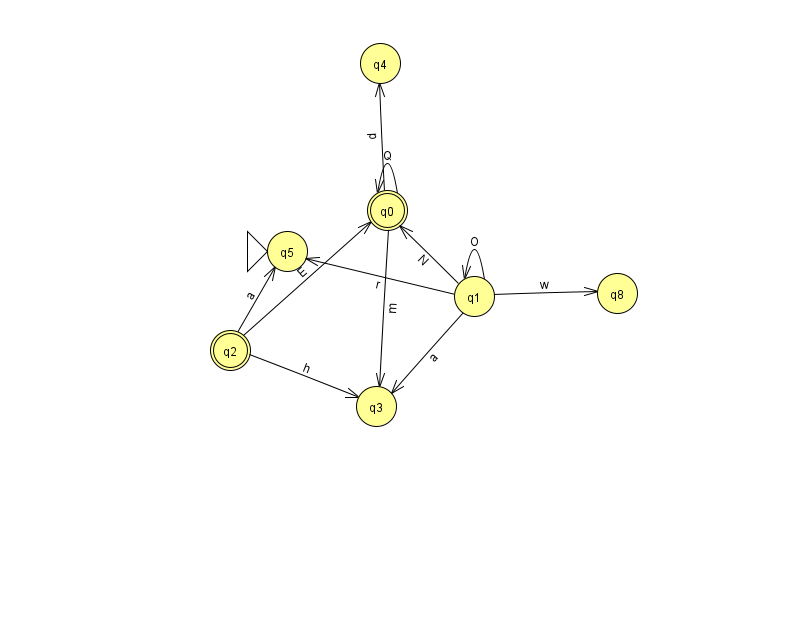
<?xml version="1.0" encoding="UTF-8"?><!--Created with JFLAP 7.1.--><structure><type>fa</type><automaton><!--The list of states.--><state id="0" name="q0"><x>387.0</x><y>197.0</y><final/></state><state id="1" name="q1"><x>474.0</x><y>283.0</y></state><state id="2" name="q2"><x>230.0</x><y>337.0</y><final/></state><state id="3" name="q3"><x>376.0</x><y>393.0</y></state><state id="4" name="q4"><x>380.0</x><y>50.0</y></state><state id="5" name="q5"><x>287.0</x><y>238.0</y><initial/></state><state id="8" name="q8"><x>617.0</x><y>280.0</y></state><!--The list of transitions.--><transition><from>0</from><to>0</to><read>Q</read></transition><transition><from>2</from><to>5</to><read>a</read></transition><transition><from>2</from><to>3</to><read>h</read></transition><transition><from>0</from><to>4</to><read>p</read></transition><transition><from>1</from><to>3</to><read>a</read></transition><transition><from>1</from><to>5</to><read>r</read></transition><transition><from>1</from><to>0</to><read>N</read></transition><transition><from>1</from><to>8</to><read>w</read></transition><transition><from>2</from><to>0</to><read>E</read></transition><transition><from>0</from><to>3</to><read>m</read></transition><transition><from>1</from><to>1</to><read>O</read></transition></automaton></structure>